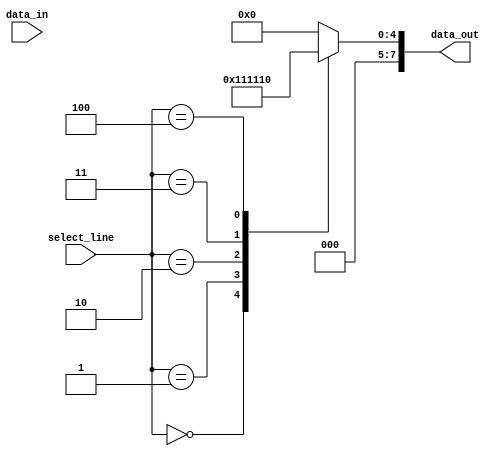
module demux(
    input [7:0] data_in,
    input [2:0] select_line,
    output [7:0] data_out
);

reg [7:0] data_out;

always @(*) begin
    case (select_line)
        3'b000: data_out = 8'b00000001;
        3'b001: data_out = 8'b00000010;
        3'b010: data_out = 8'b00000100;
        3'b011: data_out = 8'b00001000;
        3'b100: data_out = 8'b00010000;
        default: data_out = 8'b00000000;
    endcase
end

endmodule